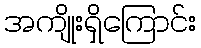
အကျိုးရှိကြောင်း